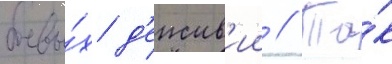
боевы́х д'еиств'ии // Та́к